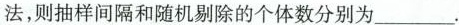
法，则抽样间隔和随机剔除的个体数分别为_.